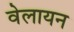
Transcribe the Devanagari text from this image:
वेलायन